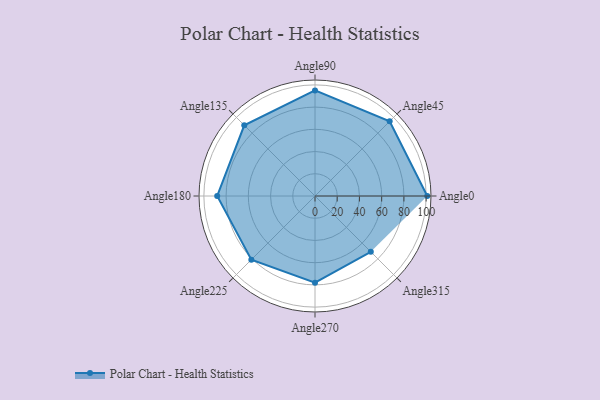
{"axis": {"x": "Angle", "y": "Radius"}, "legend": [""], "data": [{"x": "Angle0", "y": 101.0, "type": ""}, {"x": "Angle45", "y": 95.0, "type": ""}, {"x": "Angle90", "y": 95.0, "type": ""}, {"x": "Angle135", "y": 90.0, "type": ""}, {"x": "Angle180", "y": 88.0, "type": ""}, {"x": "Angle225", "y": 81.0, "type": ""}, {"x": "Angle270", "y": 78.0, "type": ""}, {"x": "Angle315", "y": 71.0, "type": ""}]}